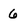
Character: 6